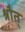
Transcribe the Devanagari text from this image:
श्रौत्